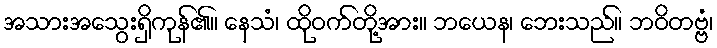
အသားအသွေးရှိကုန်၏။ နေသံ၊ ထိုဝက်တို့အား။ ဘယေန၊ ဘေးသည်။ ဘဝိတဗ္ဗံ၊